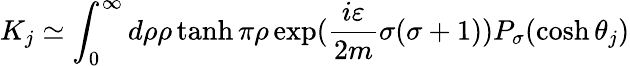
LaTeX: K_{j}\simeq\int_{0}^{\infty}d\rho\rho\operatorname{tanh}\pi\rho\exp(\frac{i\varepsilon}{2m}\sigma(\sigma+1))P_{\sigma}(\cosh\theta_{j})